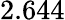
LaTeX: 2.644